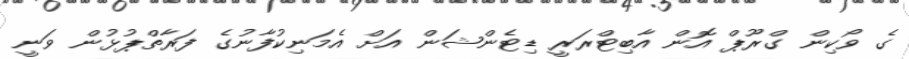
ގެ ވޯކިން ގްރޫޕް އޮން އާބިޓްރަރީ ޑިޓެންޝަން އަށް އެމަނިކުފާނުގެ ފަރާތްޕުޅުން ވަނީ